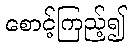
စောင့်ကြည့်၍